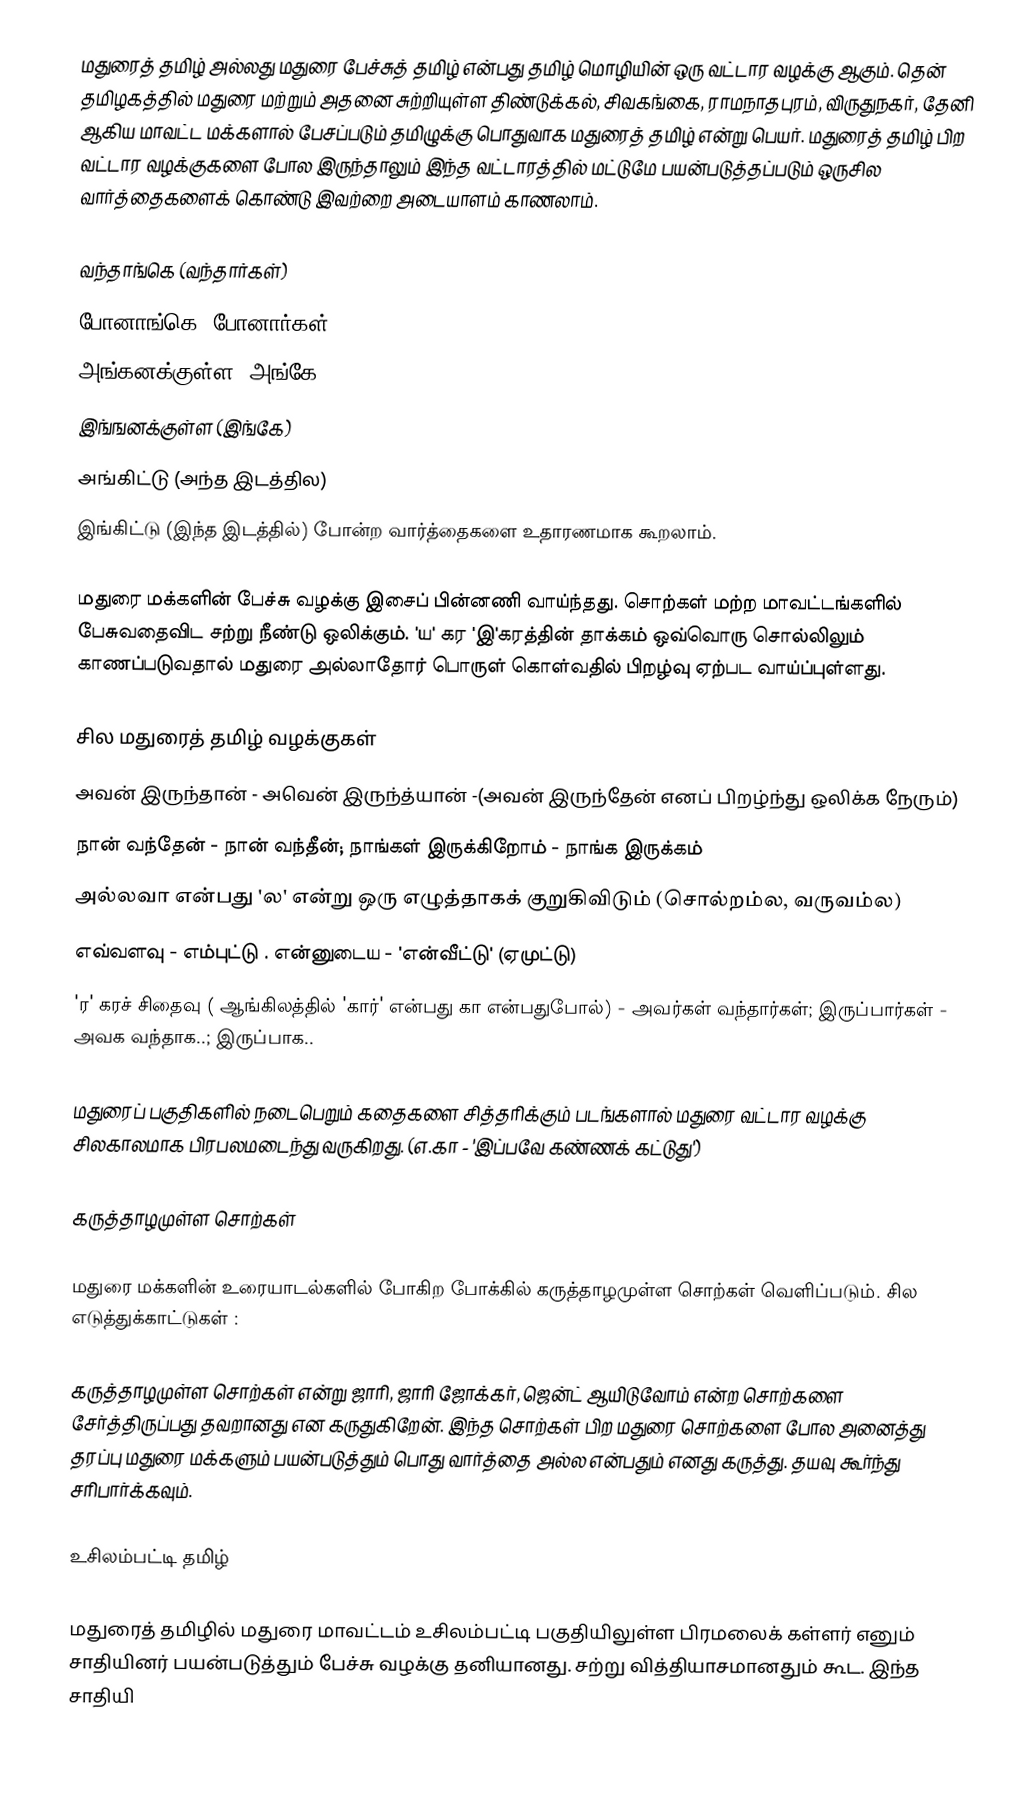
மதுரைத் தமிழ் அல்லது மதுரை பேச்சுத் தமிழ் என்பது தமிழ் மொழியின் ஒரு வட்டார வழக்கு ஆகும். தென் தமிழகத்தில் மதுரை மற்றும் அதனை சுற்றியுள்ள திண்டுக்கல், சிவகங்கை, ராமநாதபுரம், விருதுநகர், தேனி ஆகிய மாவட்ட மக்களால் பேசப்படும் தமிழுக்கு பொதுவாக மதுரைத் தமிழ் என்று பெயர். மதுரைத் தமிழ் பிற வட்டார வழக்குகளை போல இருந்தாலும் இந்த வட்டாரத்தில் மட்டுமே பயன்படுத்தப்படும் ஒருசில வார்த்தைகளைக் கொண்டு இவற்றை அடையாளம் காணலாம்.

 வந்தாங்கெ (வந்தார்கள்)
 போனாங்கெ (போனார்கள்)
 அங்கனக்குள்ள (அங்கே)
 இங்ஙனக்குள்ள (இங்கே)
 அங்கிட்டு (அந்த இடத்தில)
 இங்கிட்டு (இந்த இடத்தில்) போன்ற வார்த்தைகளை உதாரணமாக கூறலாம்.

மதுரை மக்களின் பேச்சு வழக்கு இசைப் பின்னணி வாய்ந்தது. சொற்கள் மற்ற மாவட்டங்களில் பேசுவதைவிட சற்று நீண்டு ஒலிக்கும். 'ய' கர 'இ'கரத்தின் தாக்கம் ஒவ்வொரு சொல்லிலும் காணப்படுவதால் மதுரை அல்லாதோர் பொருள் கொள்வதில் பிறழ்வு ஏற்பட வாய்ப்புள்ளது.

சில மதுரைத் தமிழ் வழக்குகள்
 அவன் இருந்தான் - அவென் இருந்த்யான் -(அவன் இருந்தேன் எனப் பிறழ்ந்து ஒலிக்க நேரும்)
நான் வந்தேன் - நான் வந்தீன்; நாங்கள் இருக்கிறோம் - நாங்க இருக்கம்
 அல்லவா என்பது 'ல' என்று ஒரு எழுத்தாகக் குறுகிவிடும் (சொல்றம்ல, வருவம்ல)
 எவ்வளவு - எம்புட்டு . என்னுடைய - 'என்வீட்டு' (ஏமுட்டு)
 'ர' கரச் சிதைவு ( ஆங்கிலத்தில் 'கார்' என்பது கா என்பதுபோல்) - அவர்கள் வந்தார்கள்; இருப்பார்கள் - அவக வந்தாக..; இருப்பாக..

மதுரைப் பகுதிகளில் நடைபெறும் கதைகளை சித்தரிக்கும் படங்களால் மதுரை வட்டார வழக்கு சிலகாலமாக பிரபலமடைந்து வருகிறது. (எ.கா - 'இப்பவே கண்ணக் கட்டுது')

கருத்தாழமுள்ள சொற்கள்

மதுரை மக்களின் உரையாடல்களில் போகிற போக்கில் கருத்தாழமுள்ள சொற்கள் வெளிப்படும். சில எடுத்துக்காட்டுகள் :

கருத்தாழமுள்ள சொற்கள் என்று ஜாரி, ஜாரி ஜோக்கர், ஜென்ட் ஆயிடுவோம்  என்ற சொற்களை சேர்த்திருப்பது தவறானது என கருதுகிறேன். இந்த சொற்கள் பிற மதுரை சொற்களை போல அனைத்து தரப்பு  மதுரை மக்களும் பயன்படுத்தும் பொது வார்த்தை அல்ல என்பதும் எனது கருத்து. தயவு கூர்ந்து சரிபார்க்கவும்.

உசிலம்பட்டி தமிழ்

மதுரைத் தமிழில் மதுரை மாவட்டம் உசிலம்பட்டி பகுதியிலுள்ள பிரமலைக் கள்ளர் எனும் சாதியினர் பயன்படுத்தும் பேச்சு வழக்கு தனியானது. சற்று வித்தியாசமானதும் கூட. இந்த சாதியி